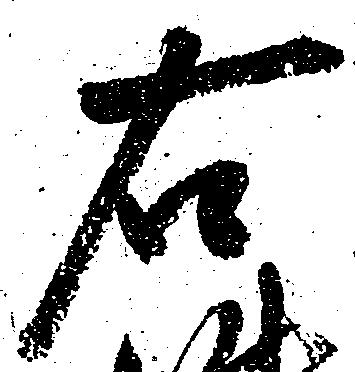
右